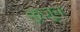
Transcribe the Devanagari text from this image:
कुजून